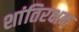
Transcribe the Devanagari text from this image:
शांतिरक्षक